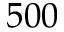
5 0 0